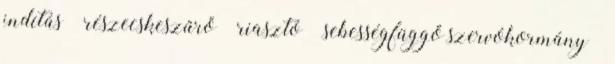
indítás – részecskeszűrő – riasztó – sebességfüggő szervókormány –